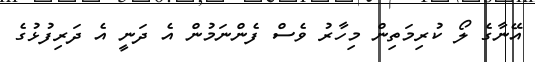
އޭނާގެ ލޯ ކުރިމަތިން މިހާރު ވެސް ފެންނަމުން އެ ދަނީ އެ ދަރިފުޅުގެ